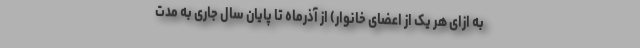
به ازای هر یک از اعضای خانوار) از آذرماه تا پایان سال جاری به مدت